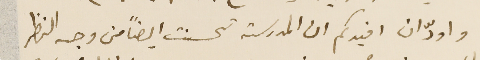
واودّ ان افيدكم ان المدرسة تحسنت ايضاً من وجه النظر